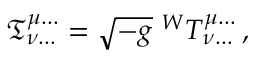
{ \mathfrak { T } } _ { \nu \dots } ^ { \mu \dots } = { \sqrt { - g } } \; ^ { W } T _ { \nu \dots } ^ { \mu \dots } \, ,